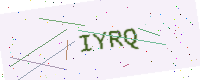
Text: IYRQ